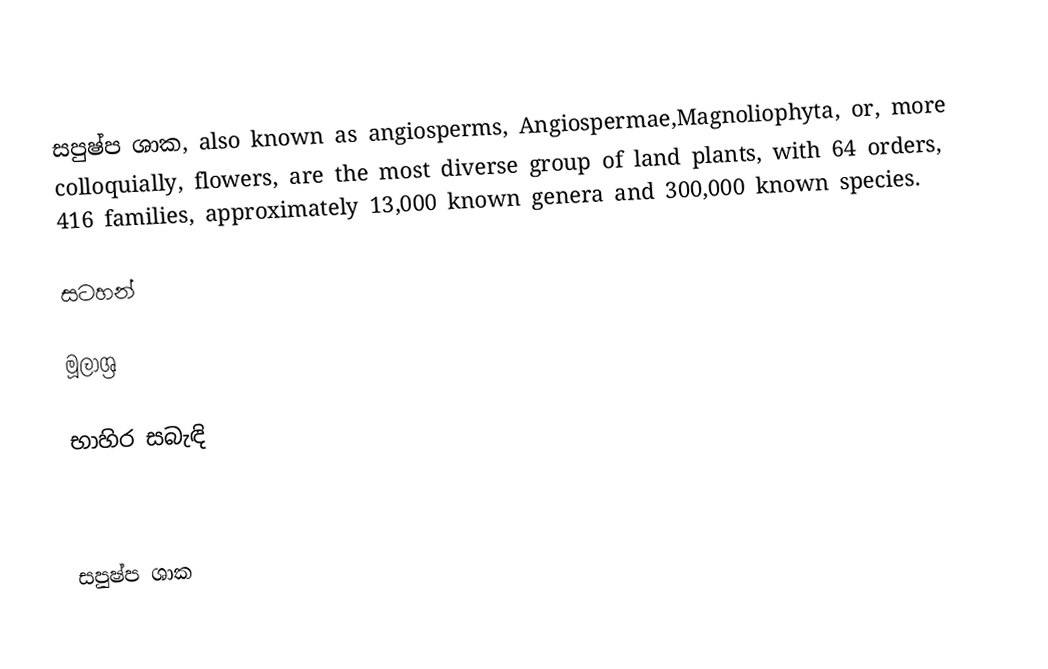
සපුෂ්ප ශාක, also known as angiosperms, Angiospermae,Magnoliophyta, or, more colloquially, flowers, are the most diverse group of land plants, with 64 orders, 416 families, approximately 13,000 known genera and 300,000 known species.

සටහන්

මූලාශ්‍ර

භාහිර සබැඳි

සපුෂ්ප ශාක